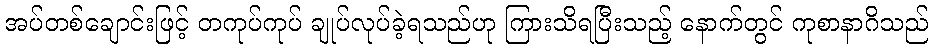
အပ်တစ်ချောင်းဖြင့် တကုပ်ကုပ် ချုပ်လုပ်ခဲ့ရသည်ဟု ကြားသိရပြီးသည့် နောက်တွင် ကုစာနာဂိသည်